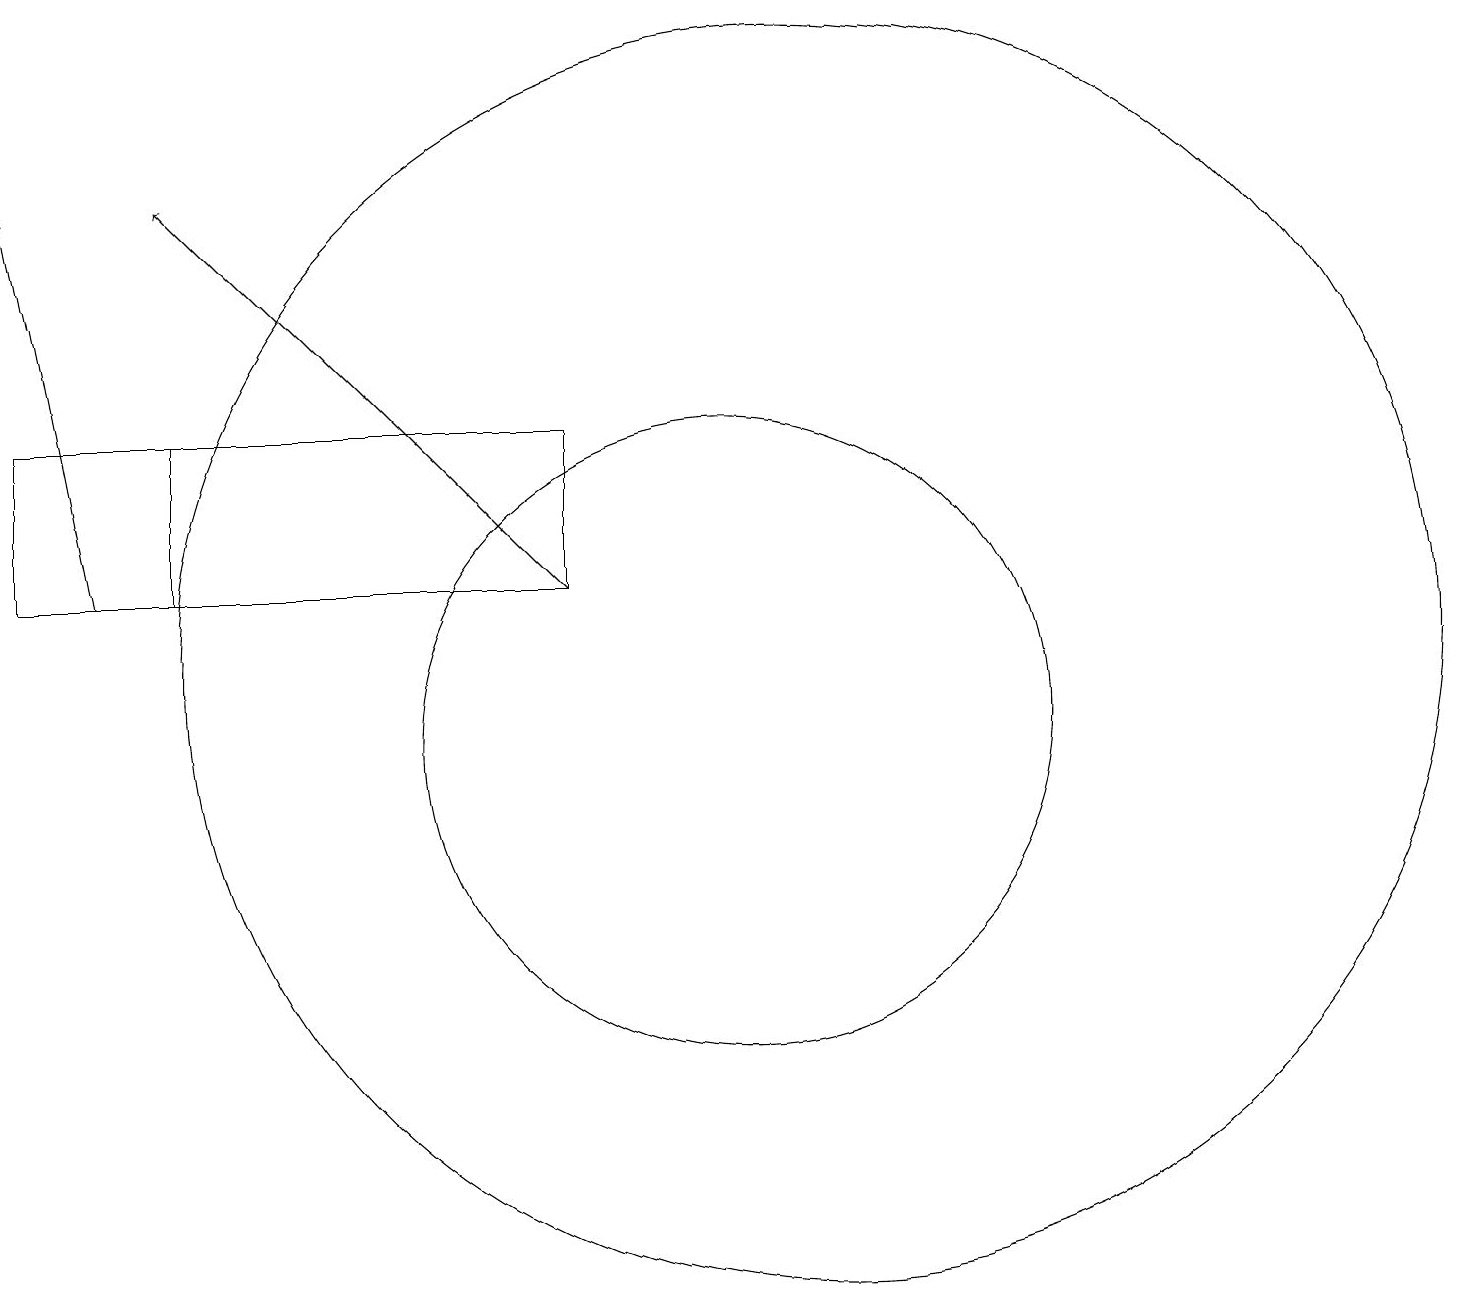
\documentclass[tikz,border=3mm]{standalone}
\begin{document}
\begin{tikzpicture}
\draw (1,13) rectangle (3,15);
\draw[->] (8,13) -- (3,18);
\draw (8,13) rectangle (1,15);
\draw (10,11) circle (4);
\draw (11,12) circle (8);
\draw[->] (2,13) -- (1,18);
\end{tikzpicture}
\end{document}